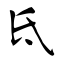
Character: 氐